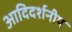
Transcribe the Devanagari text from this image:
आदिदर्शनीय